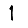
Digit: 1